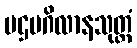
ပဌမဂိလာနသုတ္တံ